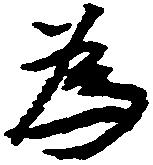
為